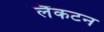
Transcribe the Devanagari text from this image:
लैंकटन